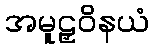
အမူဠှဝိနယံ